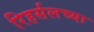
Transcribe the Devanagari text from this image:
रिहर्सलच्या